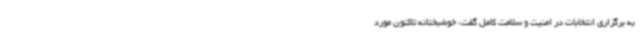
به برگزاری انتخابات در امنیت و سلامت کامل گفت: خوشبختانه تاکنون مورد